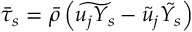
\bar { \tau } _ { s } = \bar { \rho } \left( \widetilde { u _ { j } Y _ { s } } - \tilde { u } _ { j } \tilde { Y _ { s } } \right)